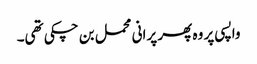
واپسی پر وہ پھر پرانی محمل بن چکی تھی۔